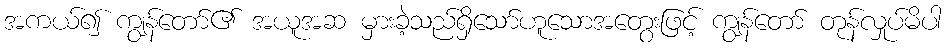
အကယ်၍ ကျွန်တော်၏ အယူအဆ မှားခဲ့သည်ရှိသော်ဟူသောအတွေးဖြင့် ကျွန်တော် တုန်လှုပ်မိပါ